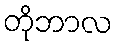
တိုဘာလ